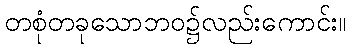
တစုံတခုသောဘဝ၌လည်းကောင်း။